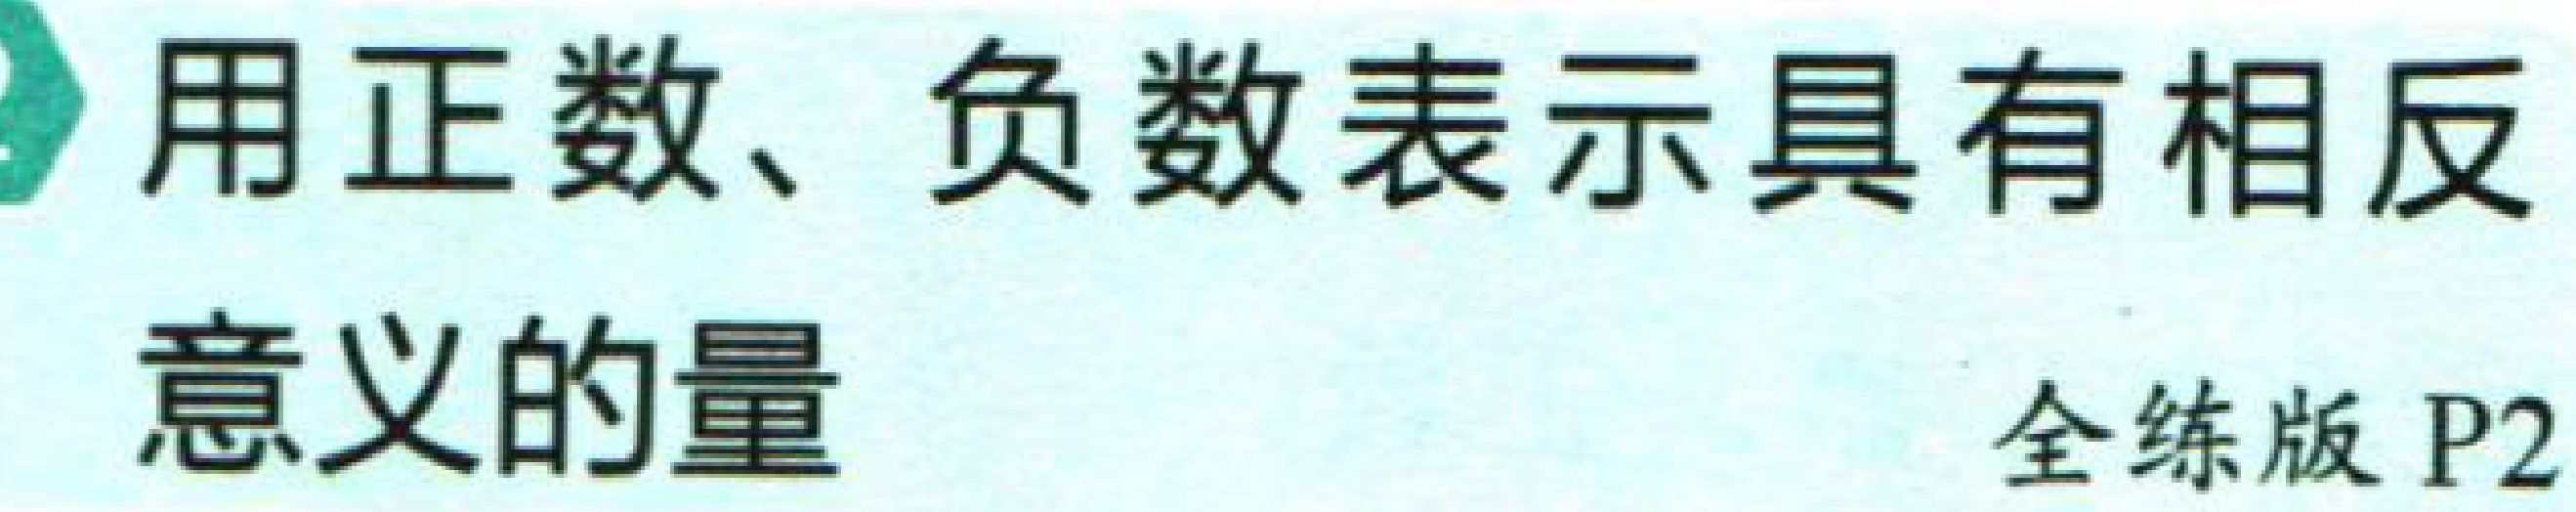
用正数、负数表示具有相反意义的量

全练版 P2